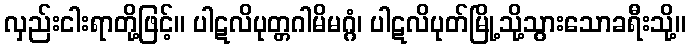
လှည်းငါးရာတို့ဖြင့်။ ပါဋလိပုတ္တဂါမိမဂ္ဂံ၊ ပါဋလိပုတ်မြို့သို့သွားသောခရီးသို့။